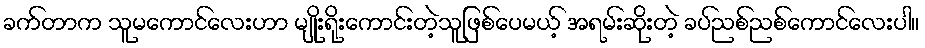
ခက်တာက သူမကောင်လေးဟာ မျိုးရိုးကောင်းတဲ့သူဖြစ်ပေမယ့် အရမ်းဆိုးတဲ့ ခပ်ညစ်ညစ်ကောင်လေးပါ။